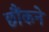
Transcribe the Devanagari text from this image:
छौंकने